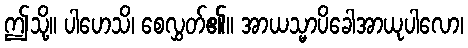
ဤသို့။ ပါဟေသိ၊ စေလွှတ်၏။ အာယသ္မာပိခေါအာယုပါလော၊